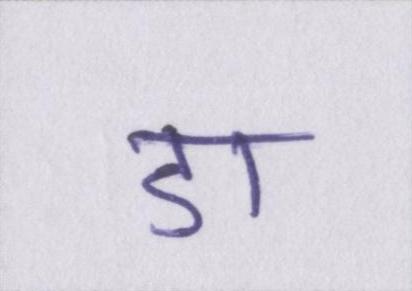
डा